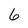
Character: 6